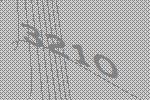
3210